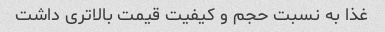
غذا به نسبت حجم و کیفیت قیمت بالاتری داشت